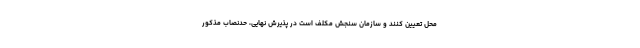
محل تعیین کنند و سازمان سنجش مکلف است در پذیرش نهایی، حدنصاب مذکور